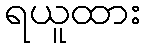
ရယူထား